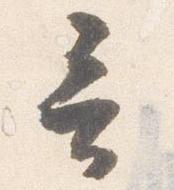
言